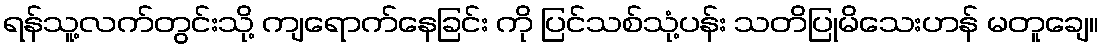
ရန်သူ့လက်တွင်းသို့ ကျရောက်နေခြင်း ကို ပြင်သစ်သုံ့ပန်း သတိပြုမိသေးဟန် မတူချေ။